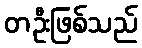
တဦးဖြစ်သည်